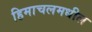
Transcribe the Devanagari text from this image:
हिमाचलमधील